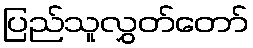
ပြည်သူလွှတ်တော်